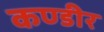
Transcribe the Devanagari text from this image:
कण्डीर